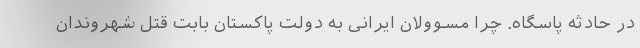
در حادثه پاسگاه. چرا مسوولان ایرانی به دولت پاکستان بابت قتل شهروندان